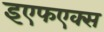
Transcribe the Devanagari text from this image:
इएफएक्स